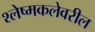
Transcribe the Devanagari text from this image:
श्लेष्मकलेवरील